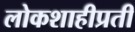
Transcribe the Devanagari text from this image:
लोकशाहीप्रती